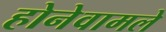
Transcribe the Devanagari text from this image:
होनेवामले